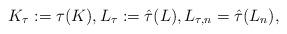
LaTeX: \begin{align*} K_{\tau} := \tau(K), L_{\tau} := \hat \tau(L), L_{\tau,n} = \hat \tau(L_n), \end{align*}